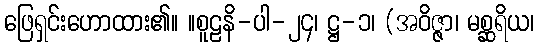
ဖြေရှင်းဟောထား၏။ ။စူဠနိ-ပါ-၂၄၊ ဋ္ဌ-၁၊ (အဝိဇ္ဇာ၊ မစ္ဆရိယ၊